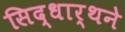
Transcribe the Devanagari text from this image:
सिद्धार्थने